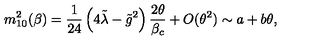
m _ { 1 0 } ^ { 2 } ( \beta ) = \frac { 1 } { 2 4 } \left( 4 \tilde { \lambda } - \tilde { g } ^ { 2 } \right) \frac { 2 \theta } { \beta _ { c } } + O ( \theta ^ { 2 } ) \sim a + b \theta ,